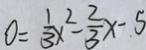
0 = \frac { 1 } { 3 } x ^ { 2 } - \frac { 2 } { 3 } x - 5